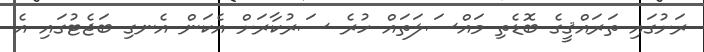
ރަށުގައި ތަރައްޤީގެ ބޮޑެތި މައްސަލަތައް ހުރެ ސަރުކާރަށް އެކަން އެނގި ބަޖެޓުގައި އެ